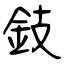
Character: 鈘